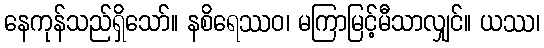
နေကုန်သည်ရှိသော်။ နစိရေဿဝ၊ မကြာမြင့်မီသာလျှင်။ ယဿ၊